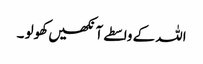
اللہ کے واسطے آنکھیں کھولو ۔